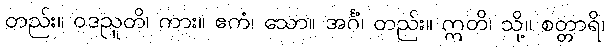
တည်း။ ဝဒညူတိ၊ ကား။ ဧကံ၊ သော။ အင်္ဂံ၊ တည်း။ ဣတိ၊ သို့။ စတ္တာရိ၊